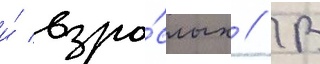
и́ взро́слых // В